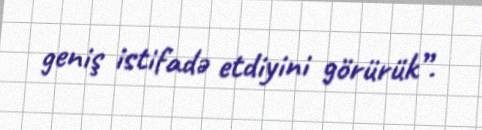
geniş istifadə etdiyini görürük”.